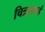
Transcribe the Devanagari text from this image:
चित्रसभई